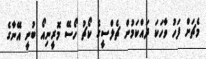
މެޗަށް ފަހު ވާހަކަ ދައްކަމުން ޗެލްސީގެ ކޯޗު ހޯސޭ މޮރީނިއޯ ބުނީ އޭނާގެ